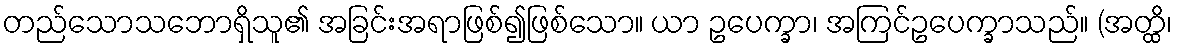
တည်သောသဘောရှိသူ၏ အခြင်းအရာဖြစ်၍ဖြစ်သော။ ယာ ဥပေက္ခာ၊ အကြင်ဥပေက္ခာသည်။ (အတ္ထိ၊